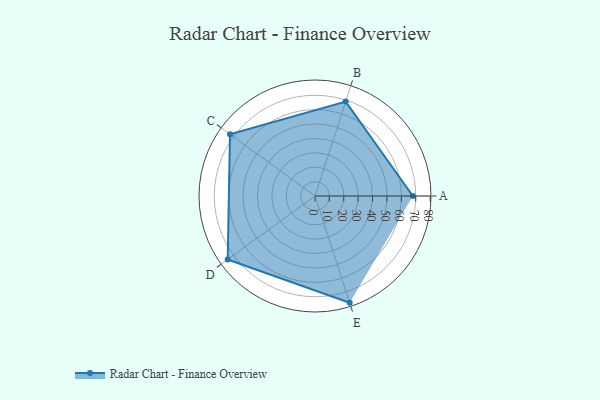
{"axis": {"x": "Skill", "y": "Score"}, "legend": ["Profile"], "data": [{"x": "A", "y": 68.0, "type": "Profile"}, {"x": "B", "y": 69.0, "type": "Profile"}, {"x": "C", "y": 73.0, "type": "Profile"}, {"x": "D", "y": 75.0, "type": "Profile"}, {"x": "E", "y": 78.0, "type": "Profile"}]}